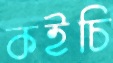
কইচি